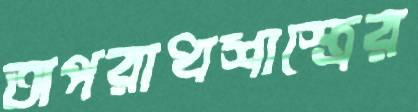
অপরাধশাস্ত্রের